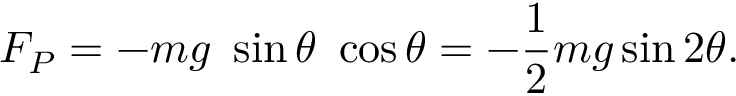
F _ { P } = - m g \ \sin \theta \ \cos \theta = - { \frac { 1 } { 2 } } m g \sin 2 \theta .